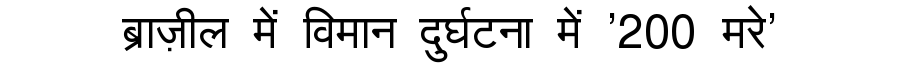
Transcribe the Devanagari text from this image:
ब्राज़ील में विमान दुर्घटना में '200 मरे'